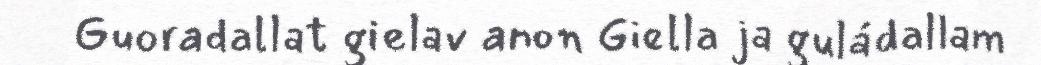
Guoradallat gielav anon Giella ja guládallam